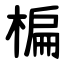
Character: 楄